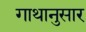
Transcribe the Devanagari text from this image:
गाथानुसार